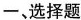
-、选择题